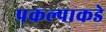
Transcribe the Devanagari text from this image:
प्रकल्पाकडे